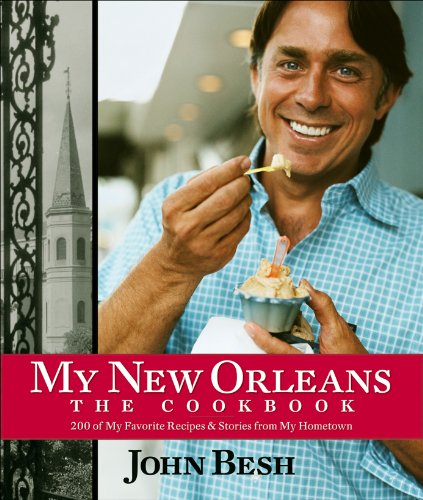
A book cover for My New Orleans: The Cookbook; John Besh; Cookbooks, Food & Wine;